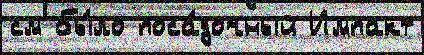
см бы́ло поса́дочный Импакт